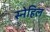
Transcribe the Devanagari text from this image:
स्नेहिल